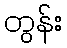
တွန်း